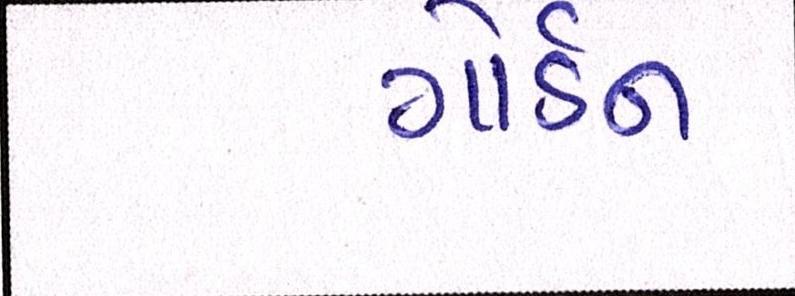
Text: ગોર્ડન